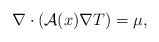
\begin{align*}\nabla \cdot ( \mathcal{A}(x) \nabla T ) = \mu, \end{align*}